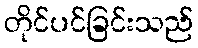
တိုင်ပင်ခြင်းသည်